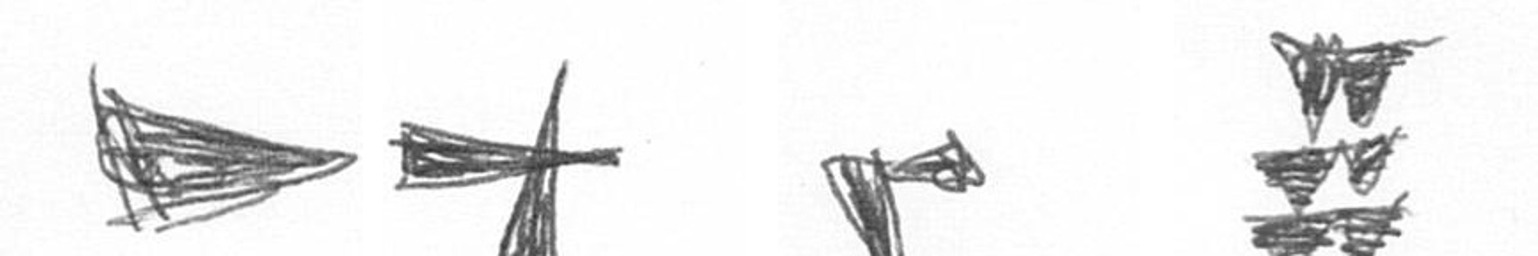
T G F Y